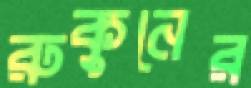
রুকুনের